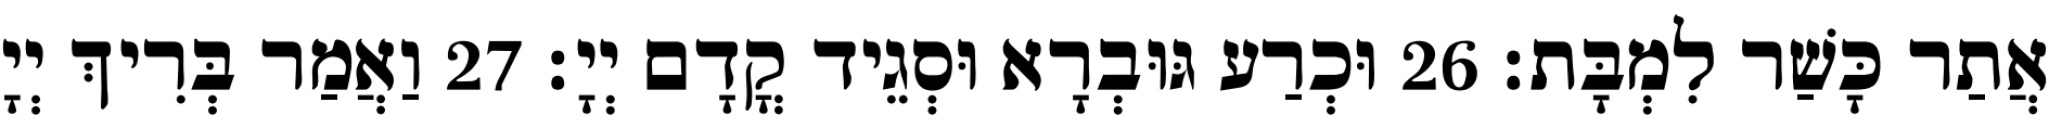
אֲתַר כָּשַׁר לִמְבָּת׃ 26 וּכְרַע גּוּבְרָא וּסְגֵיד קֳדָם יְיָ׃ 27 וַאֲמַר בְּרִיךְ יְיָ